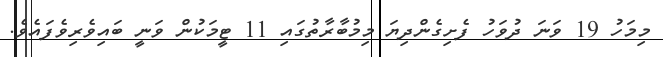
މިމަހު 19 ވަނަ ދުވަހު ފެށިގެންދިޔަ މިމުބާރާތުގައި 11 ޓީމަކުން ވަނީ ބައިވެރިވެފައެވެ.